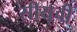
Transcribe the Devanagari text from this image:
सीयूवी